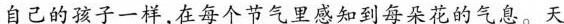
自己的孩子一样，在每个节气里感知到每朵花的气息。天